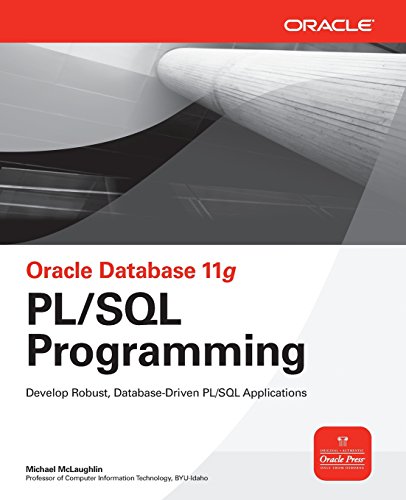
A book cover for Oracle Database 11g PL/SQL Programming (Oracle Press); Michael McLaughlin; Computers & Technology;